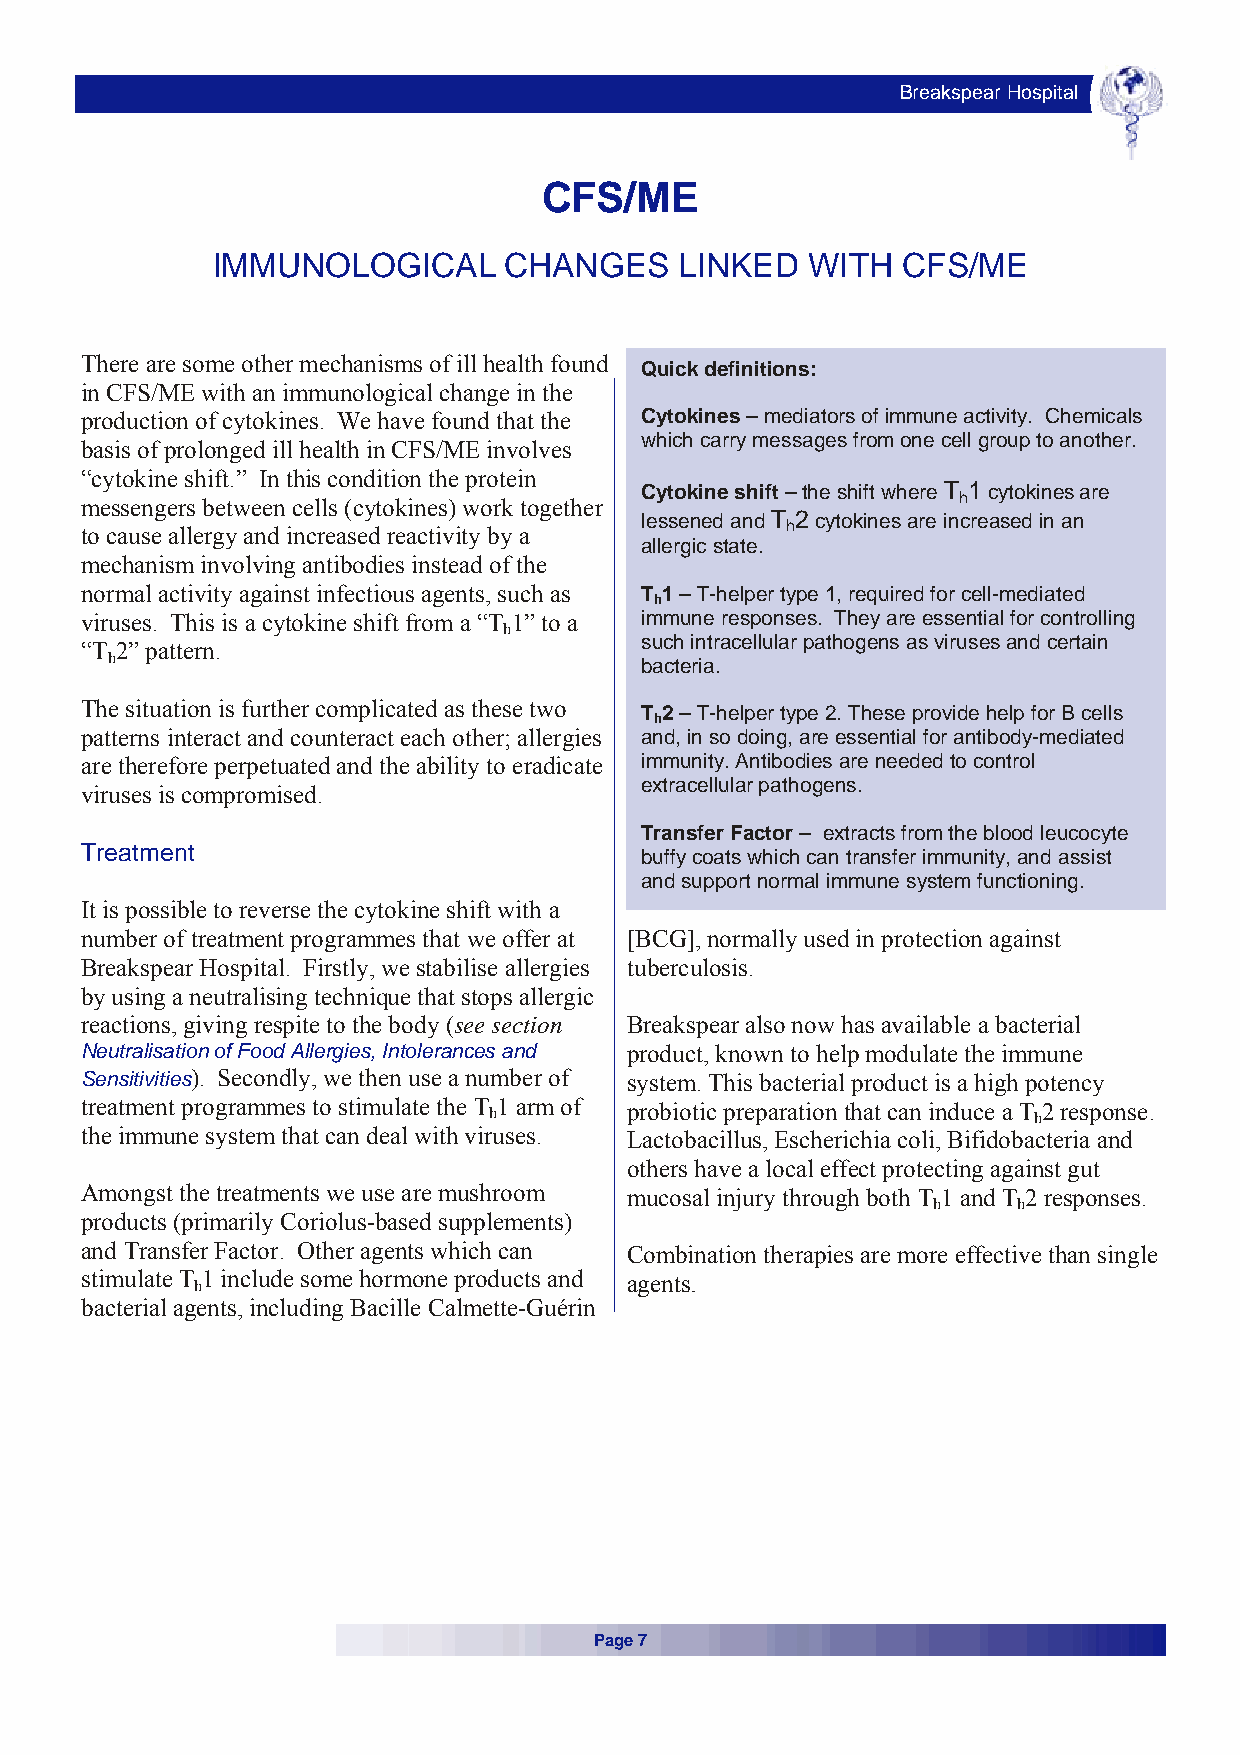
Breakspear Hospital
 CFS/ME
 IMMUNOLOGICAL      CHANGES     LINKED  WITH   CFS/ME
 There are some other mechanisms of ill health found
 Quick definitions:
 in CFS/ME with an immunological change in the
 production of cytokines. We have found that the Cytokines – mediators of immune activity. Chemicals
 which carry messages from one cell group to another.
 basis of prolonged ill health in CFS/ME involves
 “cytokine shift.” In this condition the protein
 Cytokine shift – the shift where T 1 cytokines are
 h
 messengers between cells (cytokines) work together
 lessened and T 2 cytokines are increased in an
 h
 to cause allergy and increased reactivity by a
 allergic state.
 mechanism involving antibodies instead of the
 normal activity against infectious agents, such as T 1 – T-helper type 1, required for cell-mediated
 h
 viruses. This is a cytokine shift from a “T 1” to a immune responses. They are essential for controlling
 h
 such intracellular pathogens as viruses and certain
 “T 2” pattern.
 h                                  bacteria.
 The situation is further complicated as these two
 T 2 – T-helper type 2. These provide help for B cells
 h
 patterns interact and counteract each other; allergies and, in so doing, are essential for antibody-mediated
 are therefore perpetuated and the ability to eradicate immunity. Antibodies are needed to control
 extracellular pathogens.
 viruses is compromised.
 Transfer Factor – extracts from the blood leucocyte
 Treatment
 buffy coats which can transfer immunity, and assist
 and support normal immune system functioning.
 It is possible to reverse the cytokine shift with a
 number of treatment programmes that we offer at [BCG], normally used in protection against
 Breakspear Hospital. Firstly, we stabilise allergies tuberculosis.
 by using a neutralising technique that stops allergic
 reactions, giving respite to the body (see section Breakspear also now has available a bacterial
 Neutralisation of Food Allergies, Intolerances and product, known to help modulate the immune
 Sensitivities). Secondly, we then use a number of system. This bacterial product is a high potency
 treatment programmes to stimulate the T h1 arm of probiotic preparation that can induce a T h2 response.
 the immune system that can deal with viruses. Lactobacillus, Escherichia coli, Bifidobacteria and
 others have a local effect protecting against gut
 Amongst the treatments we use are mushroom mucosal injury through both T 1 and T 2 responses.
 h    h
 products (primarily Coriolus-based supplements)
 and Transfer Factor. Other agents which can Combination therapies are more effective than single
 stimulate T h1 include some hormone products and agents.
 bacterial agents, including Bacille Calmette-Guérin
 Page 7